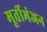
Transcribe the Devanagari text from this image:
मूर्तीभंजन